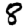
Digit: 8